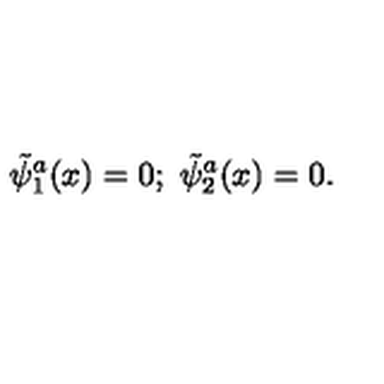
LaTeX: \tilde { \psi } _ { 1 } ^ { a } ( x ) = 0 ; \ \tilde { \psi } _ { 2 } ^ { a } ( x ) = 0 .